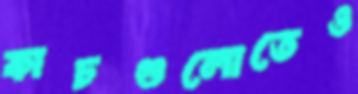
কাচগুলোতেও